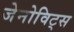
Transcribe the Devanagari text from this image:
जेनोविट्स